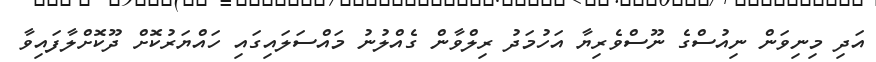
އަދި މިނިވަން ނިއުސްގެ ނޫސްވެރިޔާ އަހުމަދު ރިލްވާން ގެއްލުނު މައްސަލައިގައި ހައްޔަރުކޮށް ދޫކޮށްލާފައިވާ